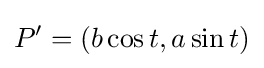
P'=(b\cos t,a\sin t)